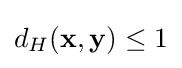
d_{H}(\mathbf {x} ,\mathbf {y} )\leq 1